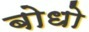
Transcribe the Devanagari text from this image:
बोधो